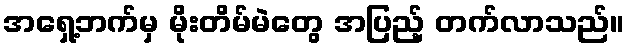
အရှေ့ဘက်မှ မိုးတိမ်မဲတွေ အပြည့် တက်လာသည်။